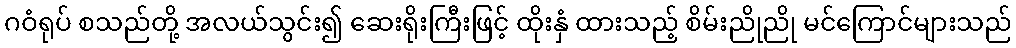
ဂဝံရုပ် စသည်တို့ အလယ်သွင်း၍ ဆေးရိုးကြီးဖြင့် ထိုးနှံ ထားသည့် စိမ်းညိုညို မင်ကြောင်များသည်